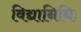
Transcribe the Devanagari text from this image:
विद्यानिधिः